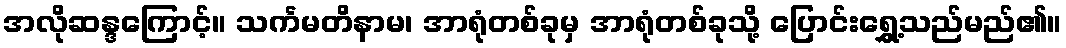
အလိုဆန္ဒကြောင့်။ သင်္ကမတိနာမ၊ အာရုံတစ်ခုမှ အာရုံတစ်ခုသို့ ပြောင်းရွှေ့သည်မည်၏။